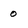
Character: O